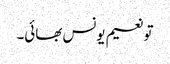
تو نعیم یونس بھائی۔